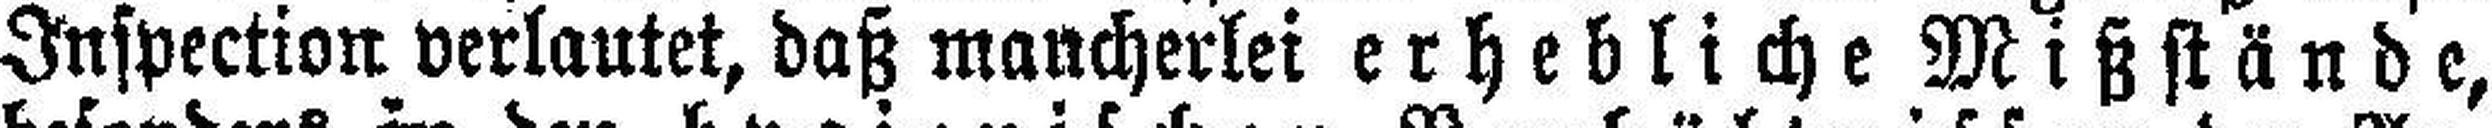
Inspection verlautet, daß mancherlei erhebliche Mißstände,